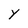
Character: Y